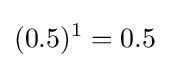
(0.5)^{1}=0.5